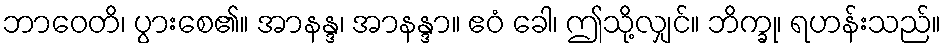
ဘာဝေတိ၊ ပွားစေ၏။ အာနန္ဒ၊ အာနန္ဒာ။ ဧဝံ ခေါ၊ ဤသို့လျှင်။ ဘိက္ခု၊ ရဟန်းသည်။